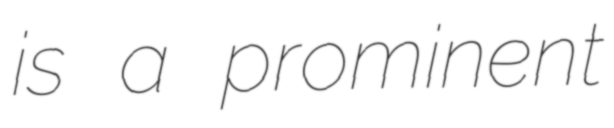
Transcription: is a prominent